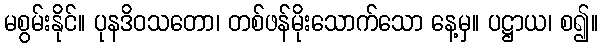
မစွမ်းနိုင်။ ပုနဒိဝသတော၊ တစ်ဖန်မိုးသောက်သော နေ့မှ။ ပဋ္ဌာယ၊ စ၍။